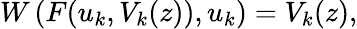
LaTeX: W\left(F(u_{k},V_{k}(z)),u_{k}\right)=V_{k}(z),